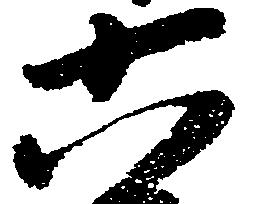
六